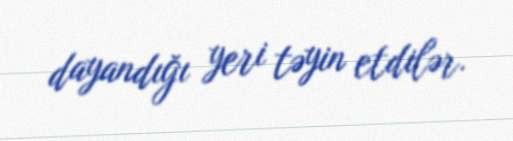
dayandığı yeri təyin etdilər.